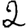
Digit: 2